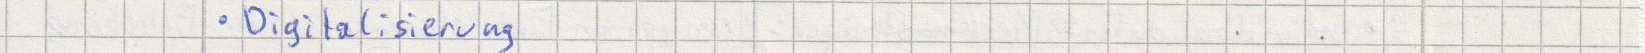
Digitalisierung